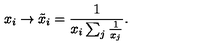
x _ { i } \rightarrow \tilde { x } _ { i } = \frac { 1 } { x _ { i } \sum _ { j } \frac { 1 } { x _ { j } } } .